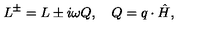
L ^ { \pm } = L \pm i \omega Q , \quad Q = q \cdot \hat { H } ,